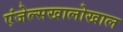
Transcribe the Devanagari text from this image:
एंजेल्सखालोखाल